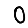
Digit: 0